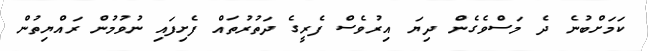
ކަމަށްބުނެ ދެ މަސްވެގެން ދިޔަ އިރުވެސް ފެރީގެ ދަތުރުތައް ފެށިފައި ނުވުމުން ރައްޔިތުން